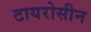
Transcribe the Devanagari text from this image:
टायरोसीन